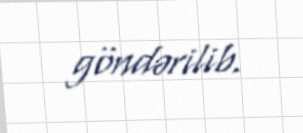
göndərilib.